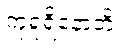
ကုရူရိနောတိ